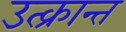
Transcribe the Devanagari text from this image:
उत्क्रान्त